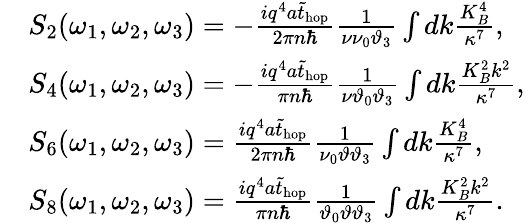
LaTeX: \begin{array}{rl}&{S_{2}(\omega_{1},\omega_{2},\omega_{3})=-\frac{iq^{4}a\tilde{t}_{\mathrm{hop}}}{2\pi n\hbar}\frac{1}{\nu\nu_{0}\vartheta_{3}}\int dk\frac{K_{B}^{4}}{\kappa^{7}},}\\ &{S_{4}(\omega_{1},\omega_{2},\omega_{3})=-\frac{iq^{4}a\tilde{t}_{\mathrm{hop}}}{\pi n\hbar}\frac{1}{\nu\vartheta_{0}\vartheta_{3}}\int dk\frac{K_{B}^{2}k^{2}}{\kappa^{7}},}\\ &{S_{6}(\omega_{1},\omega_{2},\omega_{3})=\frac{iq^{4}a\tilde{t}_{\mathrm{hop}}}{2\pi n\hbar}\frac{1}{\nu_{0}\vartheta\vartheta_{3}}\int dk\frac{K_{B}^{4}}{\kappa^{7}},}\\ &{S_{8}(\omega_{1},\omega_{2},\omega_{3})=\frac{iq^{4}a\tilde{t}_{\mathrm{hop}}}{\pi n\hbar}\frac{1}{\vartheta_{0}\vartheta\vartheta_{3}}\int dk\frac{K_{B}^{2}k^{2}}{\kappa^{7}}.}\end{array}